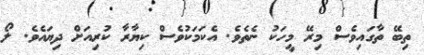
ތިބޭ ތާގައިވެސް މިރޭ މީހަކު ނެތެވެ. އެކަމަކުވެސް ކިޔާރާ ކުރިއަށް ދިޔައެވެ. ލޯ